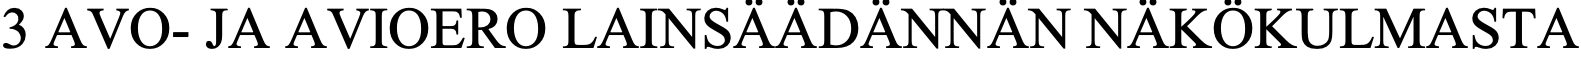
3 AVO- JA AVIOERO LAINSÄÄDÄNNÄN     NÄKÖKULMASTA